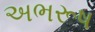
અભરૂષ